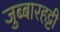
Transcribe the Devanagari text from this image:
जुब्‍बारहट्टी